Report of the Imperial Institute of Veterinary Research, Muktesar
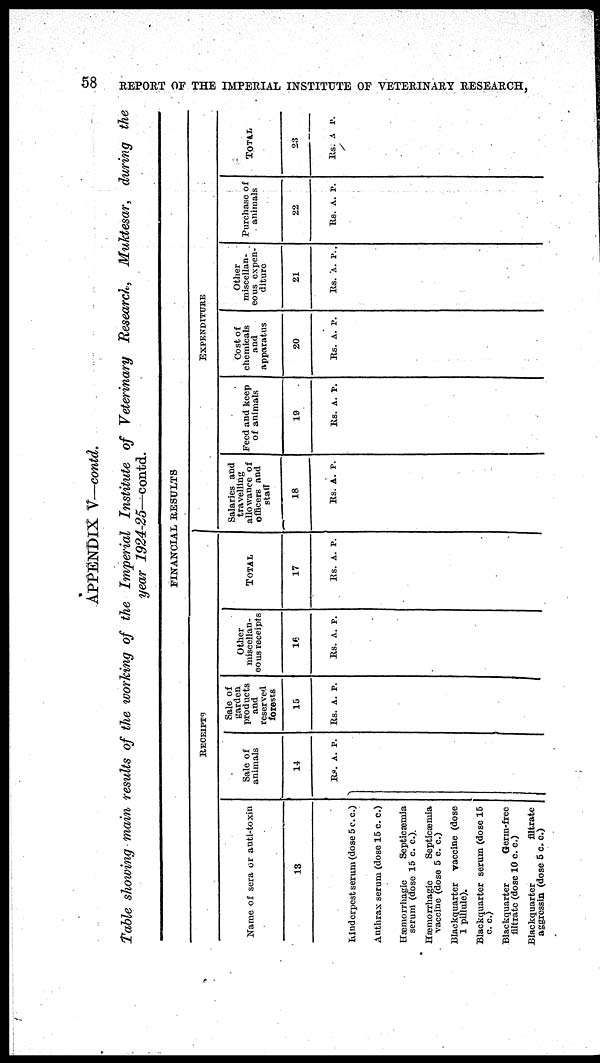
58
REPORT OF THE IMPERIAL INSTITUTE OF VETERINARY RESEARCH,
APPENDIX V—contd.
Table showing main results of the working of the Imperial Institute of Veterinary Research, Muktesar, during the
year 1924-25—contd.
RECEIPTS
Name of sera or anti-toxin
13
Rinderpest serum (dose 5 c. c.)
Anthrax serum (dose 15 c. c.)
Hæmorrhagic
Septicæmia
serum (dose 15 c. c).
Hæmorrhagic
Septicæmia
vaccine (dose 5 c. c.)
Blackquarter
vaccine (dose
1 pillule).
Blackquarter serum (dose 15
c. c.)
Blackquarter
Germ-free
filtrate (dose 10 c. c.)
Blackquarter
filtrate
aggressin (dose 5 c. c.)
Sale of
animals
14
Rs. A. P.
Sale of
garden
products
and
reserved
forests
15
Rs. A. P.
Other
miscellan-
eous receipts
16
Rs. A. P.
FINANCIAL RESULTS
TOTAL
17
Rs. A. P.
Salaries and
travelling
allowance of
officers and
staff
18
Rs. A. P.
Feed and keep
of animals
19
Rs. A. P.
EXPENDITURE
Cost of
chemicals
and
apparatus
20
Rs. A. P.
Other
miscellan-
eous expen-
diture
21
Rs. A. P.
Purchase of
animals
22
Rs. A. P.
TOTAL
23
Rs. A. P.